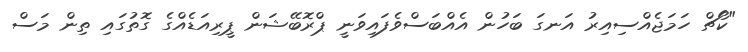
"ކޯޗް ހަމަޖެއްސިއިރު އަނގަ ބަހުން އެއްބަސްވެފައިވަނީ ޕްރޮބޭޝަން ޕީރިއަޑެއްގެ ގޮތުގައި ތިން މަސް